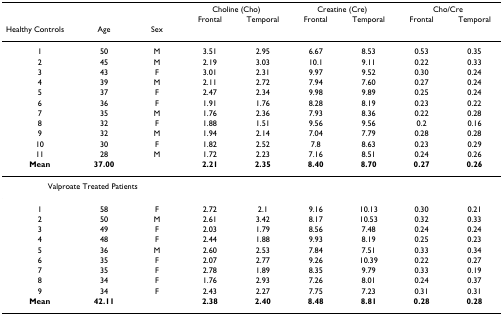
<table><thead><tr><td></td><td></td><td></td><td colspan="2"><b>Choline (Cho)</b></td><td colspan="2"><b>Creatine (Cre)</b></td><td colspan="2"><b>Cho/Cre</b></td></tr><tr><td></td><td></td><td></td><td><b>Frontal</b></td><td><b>Temporal</b></td><td><b>Frontal</b></td><td><b>Temporal</b></td><td><b>Frontal</b></td><td><b>Temporal</b></td></tr><tr><td><b>Healthy Controls</b></td><td><b>Age</b></td><td><b>Sex</b></td><td></td><td></td><td></td><td></td><td></td><td></td></tr></thead><tbody><tr><td>1</td><td>50</td><td>M</td><td>3.51</td><td>2.95</td><td>6.67</td><td>8.53</td><td>0.53</td><td>0.35</td></tr><tr><td>2</td><td>45</td><td>M</td><td>2.19</td><td>3.03</td><td>10.1</td><td>9.11</td><td>0.22</td><td>0.33</td></tr><tr><td>3</td><td>43</td><td>F</td><td>3.01</td><td>2.31</td><td>9.97</td><td>9.52</td><td>0.30</td><td>0.24</td></tr><tr><td>4</td><td>39</td><td>M</td><td>2.11</td><td>2.72</td><td>7.94</td><td>7.60</td><td>0.27</td><td>0.24</td></tr><tr><td>5</td><td>37</td><td>F</td><td>2.47</td><td>2.34</td><td>9.98</td><td>9.89</td><td>0.25</td><td>0.24</td></tr><tr><td>6</td><td>36</td><td>F</td><td>1.91</td><td>1.76</td><td>8.28</td><td>8.19</td><td>0.23</td><td>0.22</td></tr><tr><td>7</td><td>35</td><td>M</td><td>1.76</td><td>2.36</td><td>7.93</td><td>8.36</td><td>0.22</td><td>0.28</td></tr><tr><td>8</td><td>32</td><td>F</td><td>1.88</td><td>1.51</td><td>9.56</td><td>9.56</td><td>0.2</td><td>0.16</td></tr><tr><td>9</td><td>32</td><td>M</td><td>1.94</td><td>2.14</td><td>7.04</td><td>7.79</td><td>0.28</td><td>0.28</td></tr><tr><td>10</td><td>30</td><td>F</td><td>1.82</td><td>2.52</td><td>7.8</td><td>8.63</td><td>0.23</td><td>0.29</td></tr><tr><td>11</td><td>28</td><td>M</td><td>1.72</td><td>2.23</td><td>7.16</td><td>8.51</td><td>0.24</td><td>0.26</td></tr><tr><td><b>Mean</b></td><td><b>37.00</b></td><td></td><td><b>2.21</b></td><td><b>2.35</b></td><td><b>8.40</b></td><td><b>8.70</b></td><td><b>0.27</b></td><td><b>0.26</b></td></tr><tr><td colspan="3">Valproate Treated Patients</td><td></td><td></td><td></td><td></td><td></td><td></td></tr><tr><td>1</td><td>58</td><td>F</td><td>2.72</td><td>2.1</td><td>9.16</td><td>10.13</td><td>0.30</td><td>0.21</td></tr><tr><td>2</td><td>50</td><td>M</td><td>2.61</td><td>3.42</td><td>8.17</td><td>10.53</td><td>0.32</td><td>0.33</td></tr><tr><td>3</td><td>49</td><td>F</td><td>2.03</td><td>1.79</td><td>8.56</td><td>7.48</td><td>0.24</td><td>0.24</td></tr><tr><td>4</td><td>48</td><td>F</td><td>2.44</td><td>1.88</td><td>9.93</td><td>8.19</td><td>0.25</td><td>0.23</td></tr><tr><td>5</td><td>36</td><td>M</td><td>2.60</td><td>2.53</td><td>7.84</td><td>7.51</td><td>0.33</td><td>0.34</td></tr><tr><td>6</td><td>35</td><td>F</td><td>2.07</td><td>2.77</td><td>9.26</td><td>10.39</td><td>0.22</td><td>0.27</td></tr><tr><td>7</td><td>35</td><td>F</td><td>2.78</td><td>1.89</td><td>8.35</td><td>9.79</td><td>0.33</td><td>0.19</td></tr><tr><td>8</td><td>34</td><td>F</td><td>1.76</td><td>2.93</td><td>7.26</td><td>8.01</td><td>0.24</td><td>0.37</td></tr><tr><td>9</td><td>34</td><td>F</td><td>2.43</td><td>2.27</td><td>7.75</td><td>7.23</td><td>0.31</td><td>0.31</td></tr><tr><td><b>Mean</b></td><td><b>42.11</b></td><td></td><td><b>2.38</b></td><td><b>2.40</b></td><td><b>8.48</b></td><td><b>8.81</b></td><td><b>0.28</b></td><td><b>0.28</b></td></tr></tbody></table>